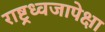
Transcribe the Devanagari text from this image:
राष्ट्रध्वजापेक्षा